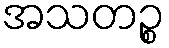
အသတဉ္စ